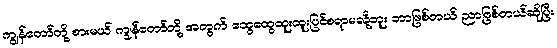
ကျွန်တော်တို့ စားမယ် ကျွန်တော်တို့ အတွက် ထွေထွေထူးထူးပြင်စရာမလို့ဘူး ဘာဖြစ်တယ် ညာဖြစ်တယ်ဆိုပြီး